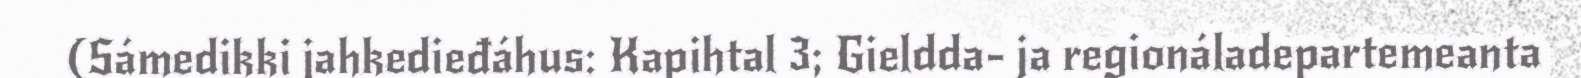
(Sámedikki jahkedieđáhus: Kapihtal 3; Gieldda- ja regionáladepartemeanta